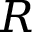
R